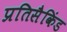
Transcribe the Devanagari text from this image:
प्रतिसैकिंड